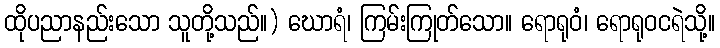
ထိုပညာနည်းသော သူတို့သည်။) ဃောရံ၊ ကြမ်းကြုတ်သော။ ရောရုဝံ၊ ရောရုဝငရဲသို့။